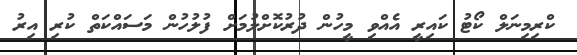
ކްރިމިނަލް ކޯޓު ކައިރީ އެއްވި މީހުން ދުރުކޮށްލުމަށް ފުލުހުން މަސައްކަތް ކުރި އިރު